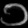
Digit: ၁